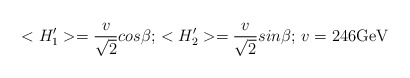
\begin{align*}<H'_1>={v\over {\sqrt 2}}cos\beta;\, <H'_2>={v\over {\sqrt2}}sin\beta;\,v=246{\rm GeV}\end{align*}